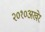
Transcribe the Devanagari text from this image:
२०१०अखेर